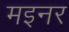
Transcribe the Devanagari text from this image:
मइनर